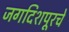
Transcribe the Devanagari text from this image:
जगदिशपूरचे